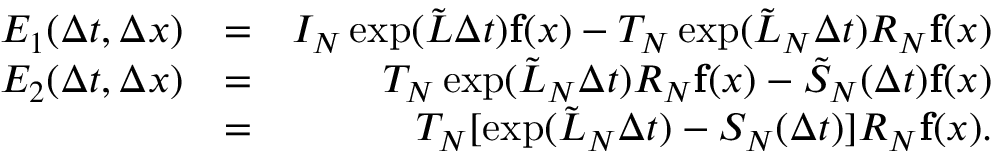
\begin{array} { r l r } { E _ { 1 } ( \Delta t , \Delta x ) } & { = } & { { \cal I } _ { N } \exp ( \tilde { L } \Delta t ) { \bf f } ( x ) - { \cal T } _ { N } \exp ( \tilde { L } _ { N } \Delta t ) { \cal R } _ { N } { \bf f } ( x ) } \\ { E _ { 2 } ( \Delta t , \Delta x ) } & { = } & { { \cal T } _ { N } \exp ( \tilde { L } _ { N } \Delta t ) { \cal R } _ { N } { \bf f } ( x ) - \tilde { S } _ { N } ( \Delta t ) { \bf f } ( x ) } \\ & { = } & { { \cal T } _ { N } [ \exp ( \tilde { L } _ { N } \Delta t ) - S _ { N } ( \Delta t ) ] { \cal R } _ { N } { \bf f } ( x ) . } \end{array}